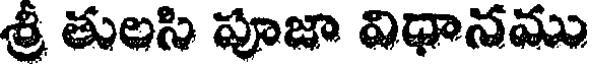
శ్రీ తులసి పూజా విధానము